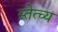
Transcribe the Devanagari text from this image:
स्तेत्च्य